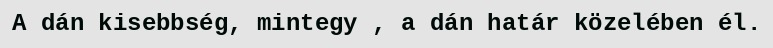
A dán kisebbség, mintegy , a dán határ közelében él.